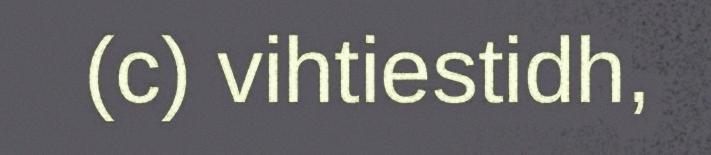
(c) vihtiestidh,